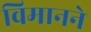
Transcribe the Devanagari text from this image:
विमानने